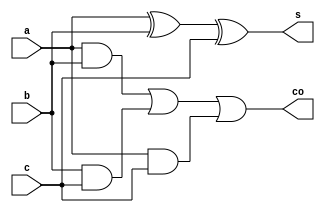
// Component Name   : full_adder
// Component Version: 
// Release Type     : 
//  ------------------------------------------------------------------------

// 
// Release version :  
// File Version    :  
// Revision: 
//
//
// Abstract: 
module full_adder(
    input   a,
    input   b,
    input   c,
    output  s,
    output  co
);
    assign s = a ^ b ^ c;
    assign co = a&b | b&c | a&c;

endmodule